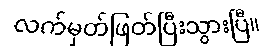
လက်မှတ်ဖြတ်ပြီးသွားပြီ။